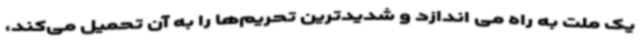
یک ملت به راه می اندازد و شدیدترین تحریم‌ها را به آن تحمیل می‌کند،